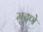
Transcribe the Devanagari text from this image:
मुद्रणे